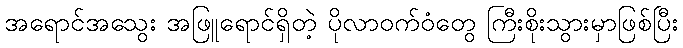
အရောင်အသွေး အဖြူရောင်ရှိတဲ့ ပိုလာဝက်ဝံတွေ ကြီးစိုးသွားမှာဖြစ်ပြီး